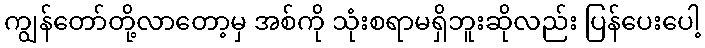
ကျွန်တော်တို့လာတော့မှ အစ်ကို သုံးစရာမရှိဘူးဆိုလည်း ပြန်ပေးပေါ့